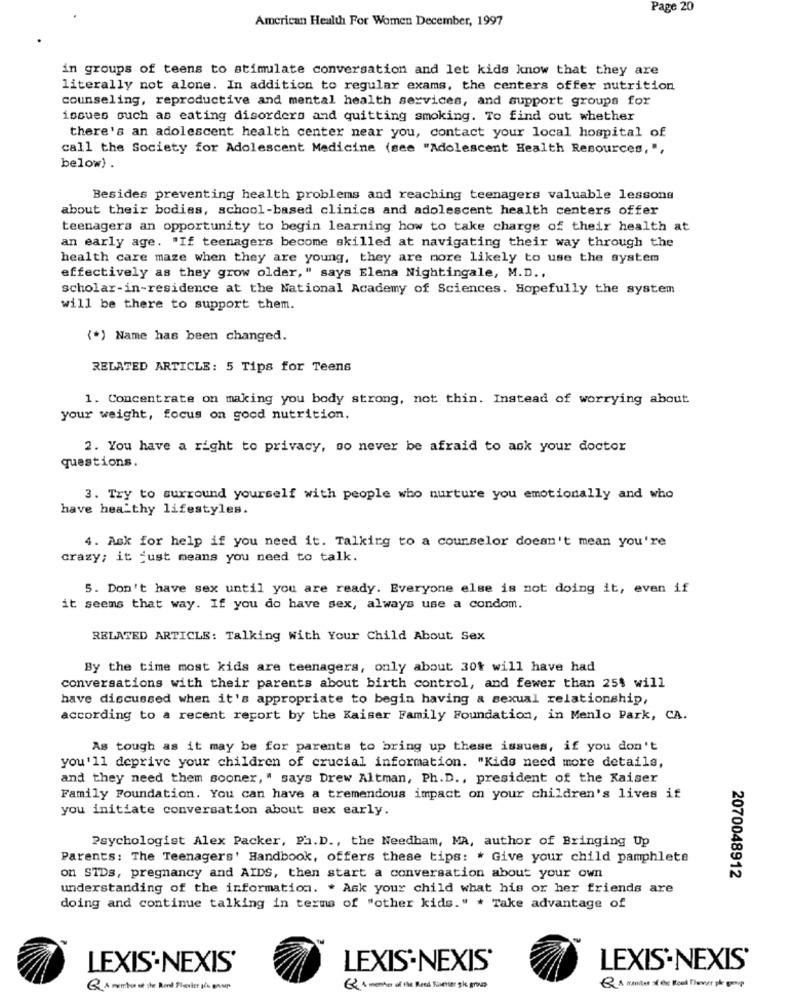
Page 20
American Health For Women December, 1997
in groups of teens to stimulate conversation and let kids know that they are
literally not alone. In addition to regular exams, the centers offer nutrition
counseling, reproductive and mental health services, and support groups for
issues such as eating disorders and quitting smoking. To find out whether
there's an adolescent health center near you, contact your local hospital of
call the Society for Adolescent Medicine (see "Adolescent Health Resources, ",
below) .
Besides preventing health problems and reaching teenagers valuable lessons
about their bodies, school-based clinics and adolescent health centers offer
teenagers an opportunity to begin learning how to take charge of their health at
an early age. "If teenagers become skilled at navigating their way through the
health care maze when they are young, they are more likely to use the system
effectively as they grow older," says Elena Nightingale, M.D .,
scholar-in-residence at the National Academy of Sciences. Hopefully the system
will be there to support them.
(*) Name has been changed.
RELATED ARTICLE: 5 Tips for Teens
1. Concentrate on making you body strong, not thin. Instead of worrying about
your weight, focus on good nutrition.
2. You have a right to privacy, so never be afraid to ask your doctor
questions.
3. Try to surround yourself with people who nurture you emotionally and who
have healthy lifestyles.
4. Ask for help if you need it. Talking to a counselor doesn't mean you're
crazy; it just means you need to talk.
5. Don't have sex until you are ready. Everyone else is not doing it, even if
it seems that way. If you do have sex, always use a condom.
RELATED ARTICLE: Talking with Your Child About Sex
By the time most kids are teenagers, only about 30% will have had
conversations with their parents about birth control, and fewer than 25% will
have discussed when it's appropriate to begin having & sexual relationship,
according to a recent report by the Kaiser Family Foundation, in Menlo Park, CA.
As tough as it may be for parents to bring up these issues, if you don't
you'll deprive your children of crucial information. "Kids need more details,
and they need them sooner, " says Drew Altman, Ph. D ., president of the Kaiser
Family Foundation. You can have a tremendous impact on your children's lives if
you initiate conversation about sex early.
Psychologist Alex Packer, Ph. D ., the Needham, MA, author of Bringing Up
Parents: The Teenagers' Handbook, offers these tips: * Give your child pamphlete
on STDs, pregnancy and AIDS, then start a conversation about your own
2070048912
understanding of the information. . Ask your child what his or her friends are
doing and continue talking in terms of "other kids." * Take advantage of
LEXIS'.NEXIS'
LEXIS-NEXIS'
LEXIS'.NEXIS'
Q A mentor at the Rond Flexder ps gas
62 % member of the Reed Rialener gie group
Q A raniter of ex Road Flower på gump